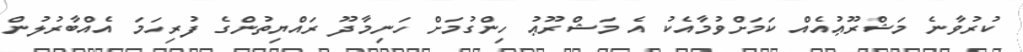
ކުރުވާނެ މަޝްރޫޢުއެއް ކަމަށްވުމާއެކު އެ މަޝްރޫޢު ހިންގުމަށް ހަނިމާދޫ ރައްޔިތުންގެ ފުރިހަމަ އެއްބާރުލުން